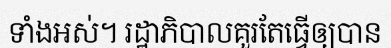
ទាំងអស់។ រដ្ឋាភិបាលគួរតែធ្វើឲ្យបាន